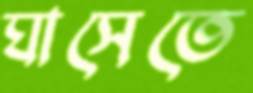
ঘাসেতে